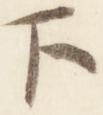
下